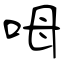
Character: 呣